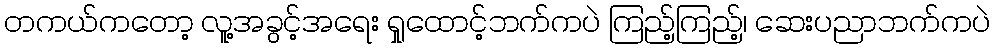
တကယ်ကတော့ လူ့အခွင့်အရေး ရှုထောင့်ဘက်ကပဲ ကြည့်ကြည့်၊ ဆေးပညာဘက်ကပဲ